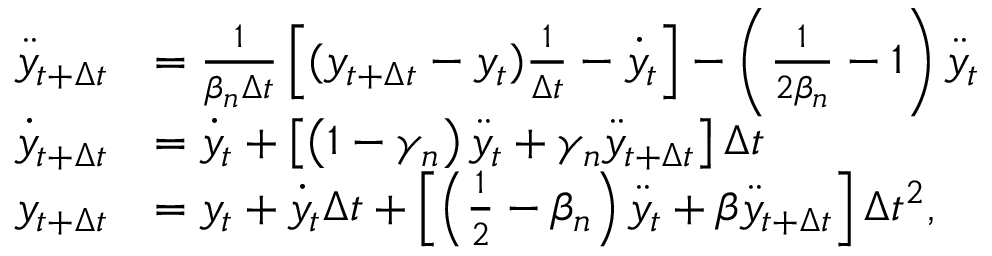
\begin{array} { r l } { \ddot { y } _ { t + \Delta { t } } } & { = \frac { 1 } { \beta _ { n } \Delta { t } } \left[ ( y _ { { t } + \Delta { t } } - y _ { { t } } ) \frac { 1 } { \Delta { t } } - \dot { y } _ { { t } } \right] - \left( \frac { 1 } { 2 \beta _ { n } } - 1 \right) \ddot { y } _ { { t } } } \\ { \dot { y } _ { { t } + \Delta { t } } } & { = \dot { y } _ { { t } } + \left[ \left( 1 - \gamma _ { n } \right) \ddot { y } _ { { t } } + \gamma _ { n } \ddot { y } _ { { t } + \Delta { t } } \right] \Delta { t } } \\ { { y } _ { { t } + \Delta { t } } } & { = { y } _ { { t } } + \dot { y } _ { { t } } \Delta { t } + \left[ \left( \frac { 1 } { 2 } - \beta _ { n } \right) \ddot { y } _ { { t } } + \beta \ddot { y } _ { { t } + \Delta { t } } \right] \Delta { t } ^ { 2 } , } \end{array}